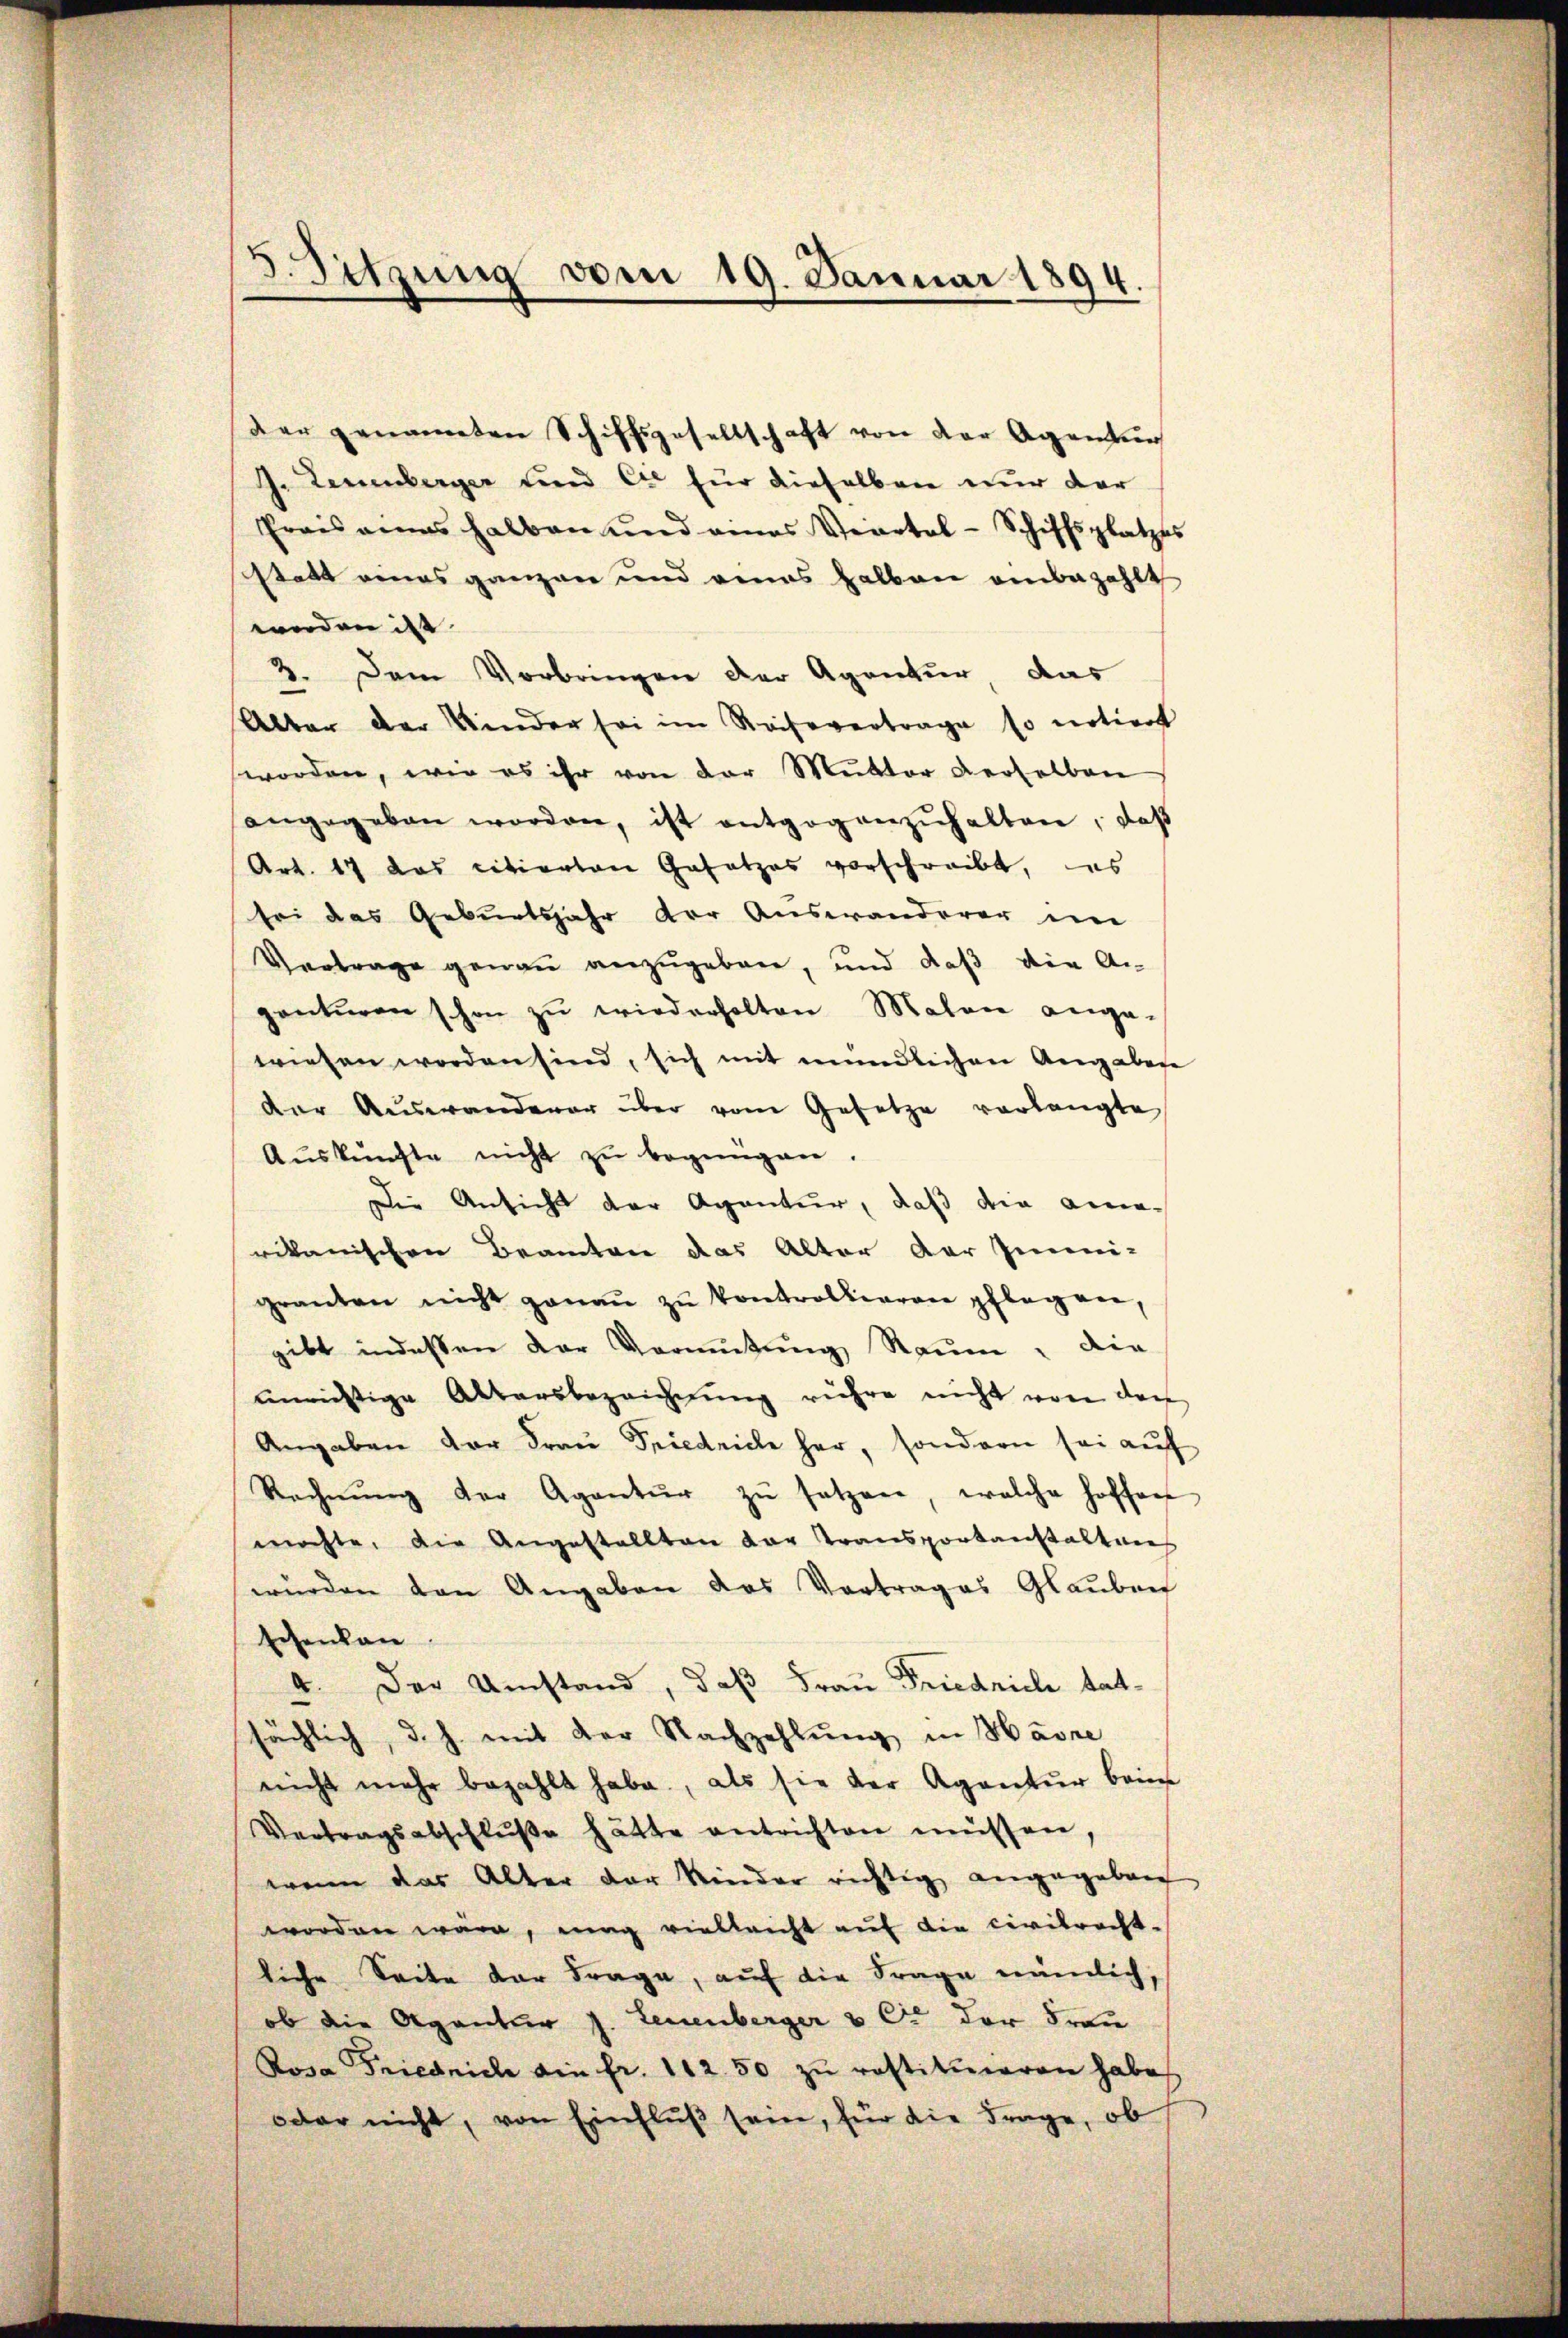
3. Sitzung vom 19. Januar 1894.

J. Leuenberger und Cie für dieselben nur der
Prais eines halben und eines Verrtal-Schiffsplatzes
statt eines ganzen und eines Halben anbezahlt
werden ist.
3. Dem Verbringen der Agentur, das
Alber der Kinder sei im Reisevertrage so notiert
worden, wie es ihr von der Mutter derselben
angegeben worden, ist entgegenzŭhalten, daß
Art. 17 das citierten Gesetzes vorschreibt, es
sei das Geburtsjahr der Auswanderer im
Vertrage genau anzugeben, und daß die An-
pentiren schon zu wiederholten Malen ange-
wiesen worden sind, sich mit mündlichen Angabene
der Auswanderer über vom Gesetze verlangte
Aŭskŭnfte nicht zŭ begangen
Die Ansicht der Agentur, daß die ana-
rikanischen Beamten das Alter der Immi-
granten nicht genaŭ zŭ kontrollieren pflegen,
gibt indessen der Vermutung Raum, die
unrichtige Altersbezeichnung rühre nicht von den
Angaben der Fraŭ Friedriche her, sondern sei aŭf
Rechnŭng der Agantŭr zŭ setzen, welche hoffen
möchte, die Angestellten der Transportanstalten
würden von Angaben das Vortrages Glaŭben
schenken.
4. Der Umstand, daß Frau Friedrich tat-
sächlich, d. h. mit der Nachzahlŭng in Havre
nicht mehr bezahlt habe, als sie der Agentur beim
Vertragsabschlŭβe hätte entrichten müssen,
wenn das Alter der Rieder richtig angegeben
worden wäre, mag vielleicht auf die civilrecht-
liche Seite der Frage, auf die Frage nämlich,
ob die Agentur J. Leuenberger & C der Frau
Rosa Friedrich ain fr. 112.50 zŭ rostitŭieren habe,
oder nicht, von Einflŭβ sein, für die Frage, ob

der genannten Schiffsgesellschaft von der Agenten